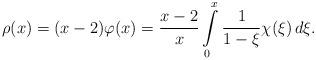
LaTeX: \begin{align*} \rho(x) = (x-2)\varphi(x) = \frac{x-2}{x}\int\limits_0^x \frac{1}{1-\xi}\chi(\xi)\, d\xi .\end{align*}